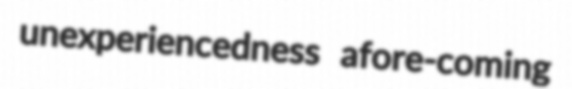
unexperiencedness afore-coming